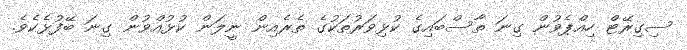
ސިގިރޭޓް ހިއްޕެވުން ގިނަ ތާސްބައިގެ ކުޅިވަރުތަކުގެ ތެރެއިން ނީލަން ކުޅުއްވުން ގިނަ ބޭފުޅެކެވެ.